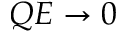
Q E \rightarrow 0